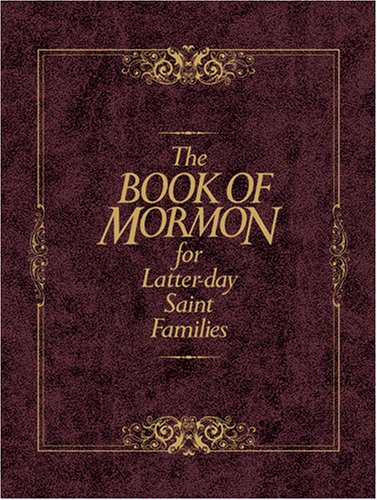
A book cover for The Book of Mormon for Latter-Day Saint Families; Christian Books & Bibles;